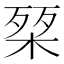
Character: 𭪴